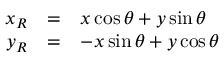
\begin{array} { r c l } { x _ { R } } & { = } & { x \cos \theta + y \sin \theta } \\ { y _ { R } } & { = } & { - x \sin \theta + y \cos \theta } \end{array}